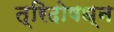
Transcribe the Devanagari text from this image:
त्रिदोषध्न